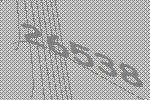
26538